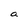
Character: a